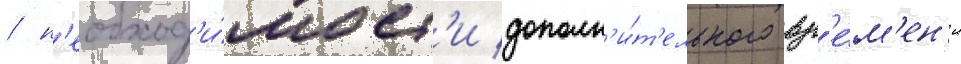
/ н'еобход'и́мост'и дополн'и́т'ельного вр'е́м'ен'и